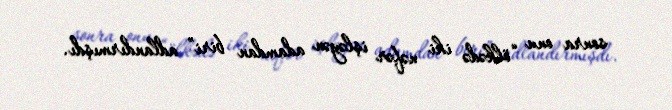
sonra onu “ölkədə iki nəfər işləyən adamdan biri” adlandırmışdı.